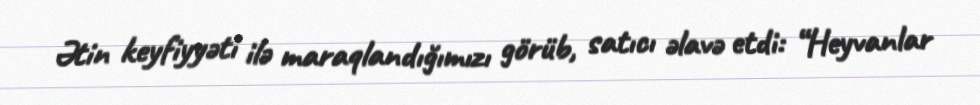
Ətin keyfiyyəti ilə maraqlandığımızı görüb, satıcı əlavə etdi: “Heyvanlar